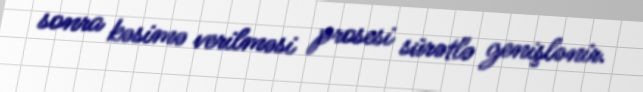
sonra kəsimə verilməsi prosesi sürətlə genişlənir.